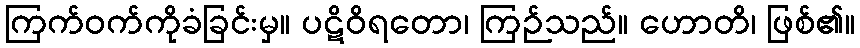
ကြက်ဝက်ကိုခံခြင်းမှ။ ပဋိဝိရတော၊ ကြဉ်သည်။ ဟောတိ၊ ဖြစ်၏။